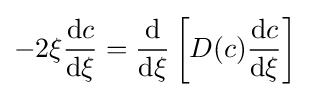
-2\xi {\frac {\mathrm {d} c}{\mathrm {d} \xi }}={\frac {\mathrm {d} }{\mathrm {d} \xi }}\left[D(c){\frac {\mathrm {d} c}{\mathrm {d} \xi }}\right]